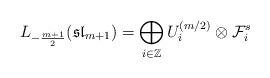
LaTeX: \begin{align*}L_{- \frac{m+1}{2}}(\mathfrak{sl}_{m+1}) = \bigoplus_{i \in \mathbb Z} U_i^{(m/2)} \otimes \mathcal F_i^s \end{align*}